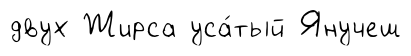
двух Жирса уса́тый Янучеш